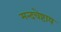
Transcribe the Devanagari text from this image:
मन्दचेष्टाय